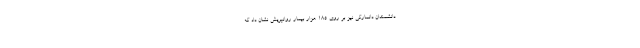
دانشمندان دانمارکی نیز بر روی 185 هزار بیمار روانپریش نشان داد که